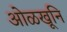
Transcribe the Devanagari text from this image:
ओळखूनि